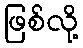
ဖြစ်လို့